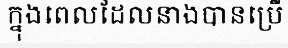
ក្នុងពេលដែលនាងបានប្រើ